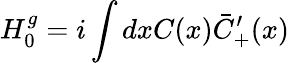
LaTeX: H_{0}^{g}=i\int dxC(x)\bar{C}_{+}^{\prime}(x)